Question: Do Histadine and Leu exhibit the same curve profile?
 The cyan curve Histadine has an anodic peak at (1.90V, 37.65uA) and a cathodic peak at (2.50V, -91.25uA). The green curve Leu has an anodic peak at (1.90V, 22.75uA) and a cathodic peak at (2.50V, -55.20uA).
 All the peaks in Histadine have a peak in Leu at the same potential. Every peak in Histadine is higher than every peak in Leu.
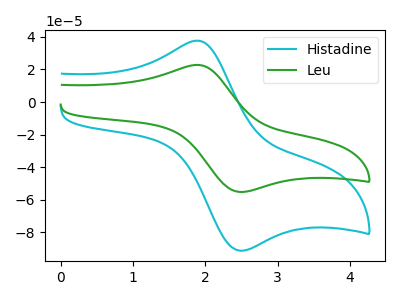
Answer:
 <answer>"Histadine" and "Leu" are similar in shape.</answer>
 <eval>same_shape</eval>